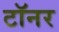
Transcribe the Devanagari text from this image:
टॉनर